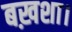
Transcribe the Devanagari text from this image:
बख़शा।